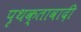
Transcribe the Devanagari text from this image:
पृथक्तावादी